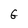
Character: G